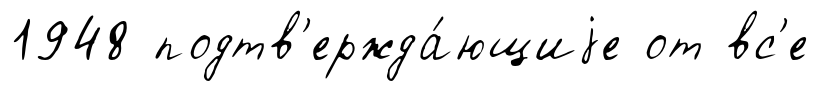
1948 подтв'ержда́ющиjе от вс'е